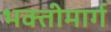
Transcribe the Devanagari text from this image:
भक्तीमार्ग